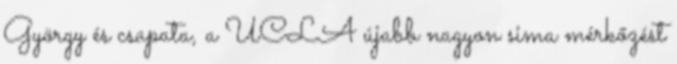
György és csapata, a UCLA újabb nagyon sima mérkőzést